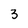
Character: 3